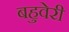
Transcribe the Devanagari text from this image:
बहुवेरी